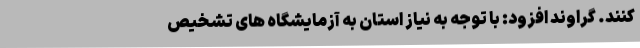
کنند. گراوند افزود: با توجه به نیاز استان به آزمایشگاه های تشخیص